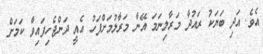
އެވެ. އަދި ބަޔަކު ރައުދާ މަރާލިނަމަ އޭނާ މަރާލުމަށްފަހު އެއީ ދަންޖެހިފައިވާ ކަމަށް